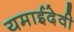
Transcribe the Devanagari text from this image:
यमाईदेवी